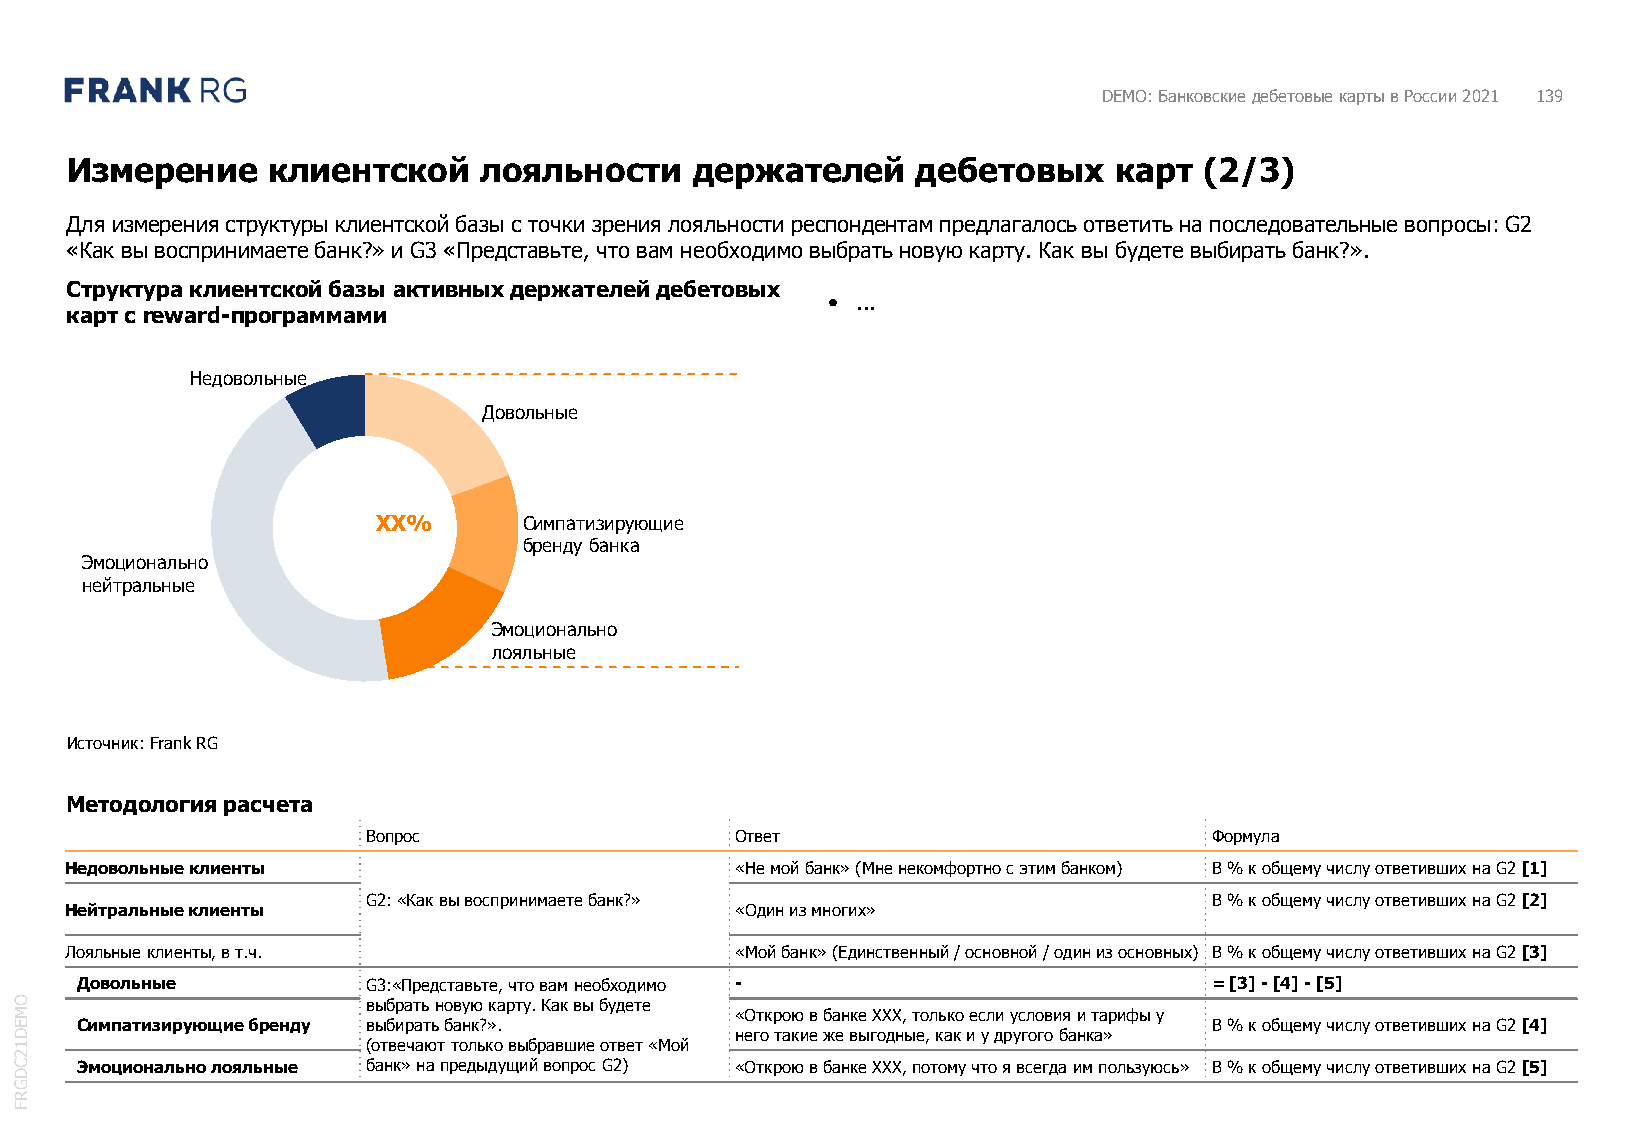
DEMO: Банковские дебетовые карты в России 2021 139
 Измерение     клиентской    лояльности    держателей     дебетовых    карт  (2/3)
 Для измерения структуры клиентской базы с точки зрения лояльности респондентам предлагалось ответить на последовательные вопросы: G2
 «Как вы воспринимаете банк?» и G3 «Представьте, что вам необходимо выбрать новую карту. Как вы будете выбирать банк?».
 Структура клиентской базы активных держателей дебетовых
 • ...
 карт с reward-программами
 Недовольные
 Довольные
 XX%       Симпатизирующие
 бренду банка
 Эмоционально
 нейтральные
 Эмоционально
 лояльные
 Источник: FrankRG
 Методология расчета
 Вопрос                   Ответ                          Формула
 Недовольные клиенты                          «Не мой банк» (Мне некомфортно с этим банком) В % к общему числу ответивших на G2[1]
 G2: «Как вы воспринимаете банк?»                        В % к общему числу ответивших на G2 [2]
 Нейтральные клиенты                          «Один из многих»
 Лояльные клиенты, в т.ч.                     «Мой банк» (Единственный / основной / один из основных) В % к общему числу ответивших на G2 [3]
 Довольные          G3:«Представьте, что вам необходимо -                   = [3] -[4] -[5]
 O                      выбрать новую карту. Как вы будете
 M                                               «Открою в банке ХХХ, только если условия и тарифы у
 E   Симпатизирующие бренду выбирать банк?».                                    В % к общему числу ответивших на G2[4]
 D                                               него такие же выгодные, как и у другого банка»
 1                      (отвечают только выбравшие ответ «Мой
 2
 C   Эмоционально лояльные банк» на предыдущий вопрос G2) «Открою в банке ХХХ, потому что я всегда им пользуюсь» В % к общему числу ответивших на G2[5]
 D
 G
 R
 F